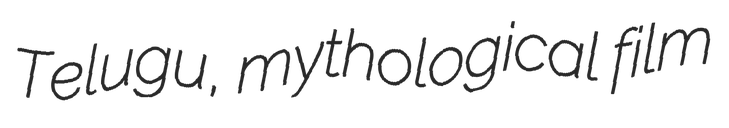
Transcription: Telugu, mythological film